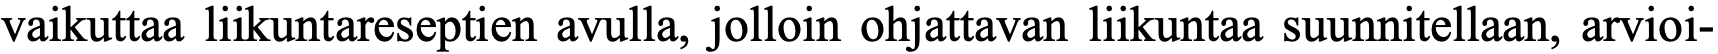
vaikuttaa liikuntareseptien avulla, jolloin ohjattavan liikuntaa suunnitellaan, arvioi-